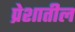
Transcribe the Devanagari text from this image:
प्रेशातील